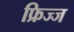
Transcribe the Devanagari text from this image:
फ्रिज्ज